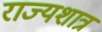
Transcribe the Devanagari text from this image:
राज्यशात्र